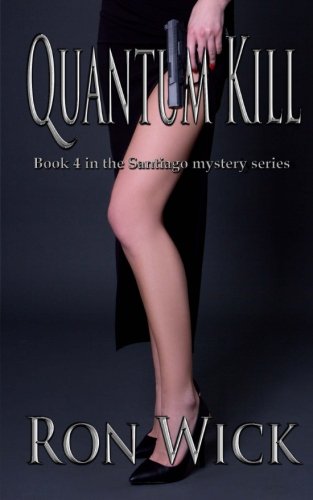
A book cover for Quantum Kill (Santiago Mystery) (Volume 4); Ron Wick; Mystery, Thriller & Suspense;